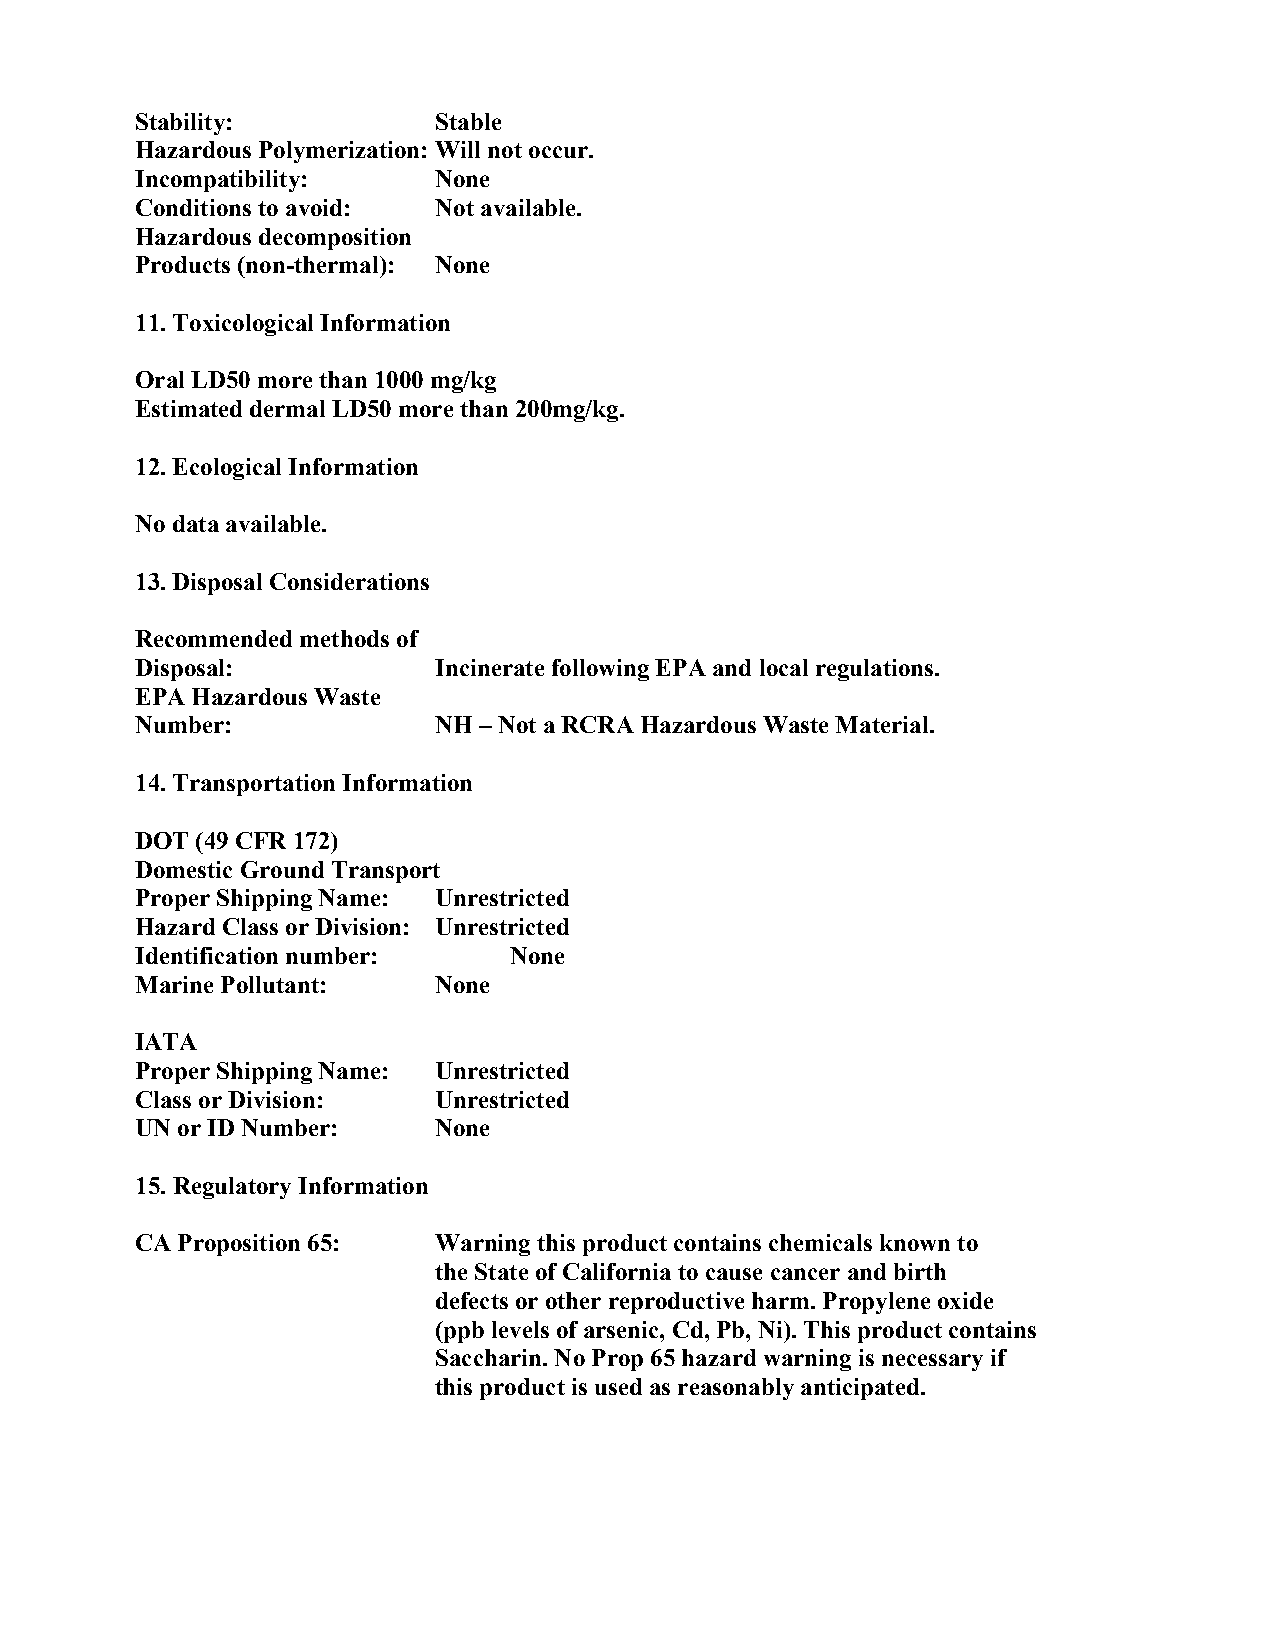
Stability:          Stable
 Hazardous Polymerization: Will not occur.
 Incompatibility:    None
 Conditions to avoid: Not available.
 Hazardous decomposition
 Products (non-thermal): None
 11. Toxicological Information
 Oral LD50 more than 1000 mg/kg
 Estimated dermal LD50 more than 200mg/kg.
 12. Ecological Information
 No data available.
 13. Disposal Considerations
 Recommended methods of
 Disposal:           Incinerate following EPA and local regulations.
 EPA Hazardous Waste
 Number:             NH – Not a RCRA Hazardous Waste Material.
 14. Transportation Information
 DOT (49 CFR 172)
 Domestic Ground Transport
 Proper Shipping Name: Unrestricted
 Hazard Class or Division: Unrestricted
 Identification number:   None
 Marine Pollutant:   None
 IATA
 Proper Shipping Name: Unrestricted
 Class or Division:  Unrestricted
 UN or ID Number:    None
 15. Regulatory Information
 CA Proposition 65:  Warning this product contains chemicals known to
 the State of California to cause cancer and birth
 defects or other reproductive harm. Propylene oxide
 (ppb levels of arsenic, Cd, Pb, Ni). This product contains
 Saccharin. No Prop 65 hazard warning is necessary if
 this product is used as reasonably anticipated.